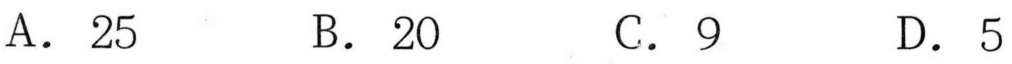
A. \(25\)  B. \(20\)  C. \(9\)  D. \(5\)